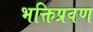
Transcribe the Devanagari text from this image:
भक्तिप्रवण